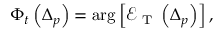
\Phi _ { t } \left( \Delta _ { p } \right) = \arg \left[ \mathcal { E } _ { \mathrm { ~ T ~ } } \left( \Delta _ { p } \right) \right] ,